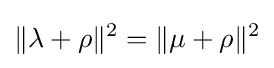
\displaystyle \|\lambda +\rho \|^{2}=\|\mu +\rho \|^{2}